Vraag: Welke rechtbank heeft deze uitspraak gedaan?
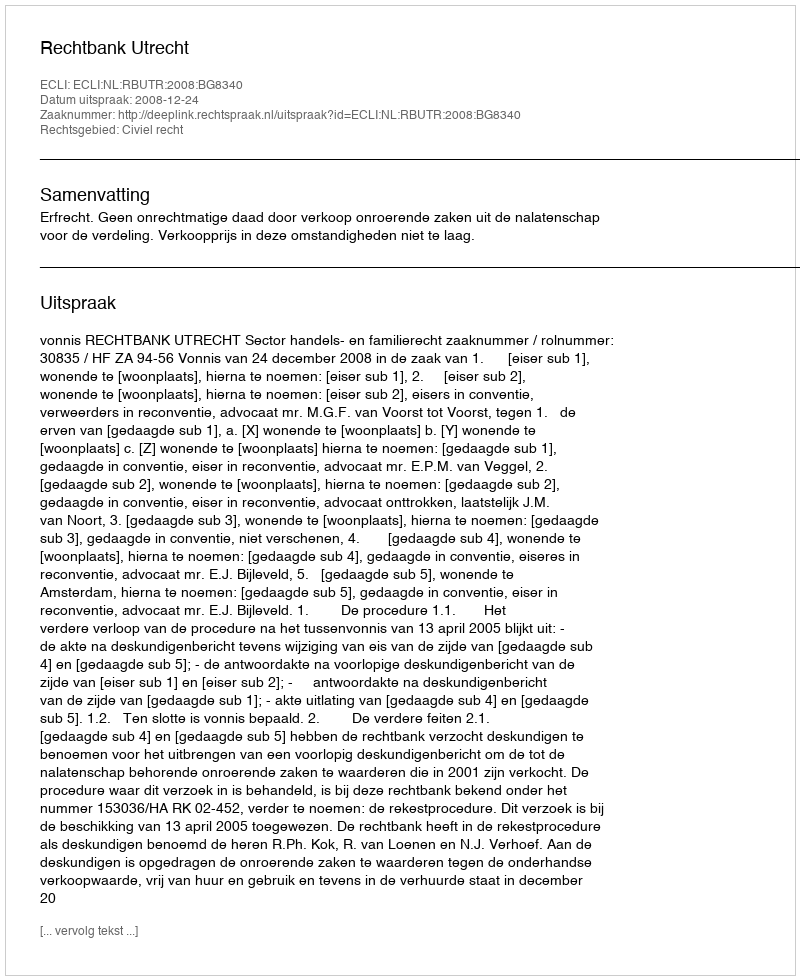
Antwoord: Rechtbank Utrecht